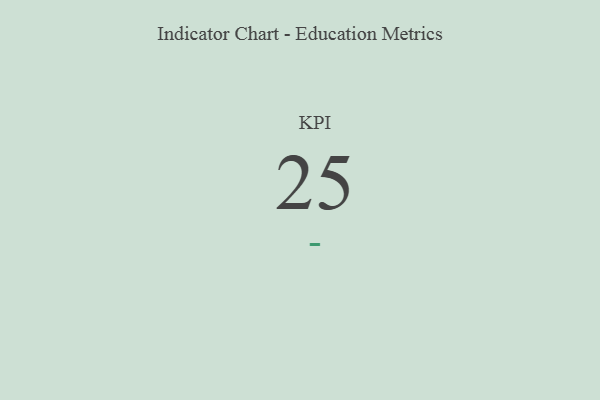
{"axis": {"x": "KPI", "y": "Value"}, "legend": [""], "data": [{"x": "KPI", "y": 25, "type": ""}]}